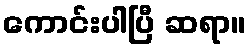
ကောင်းပါပြီ ဆရာ။